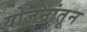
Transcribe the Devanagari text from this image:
योजनांतून